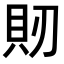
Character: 𧴬